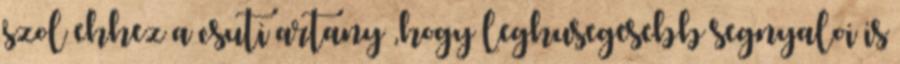
szol ehhez a csuti artany ,hogy leghusegesebb segnyaloi is